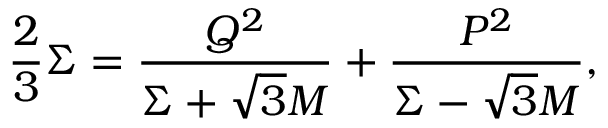
\frac { 2 } { 3 } \Sigma = \frac { Q ^ { 2 } } { \Sigma + \sqrt { 3 } M } + \frac { P ^ { 2 } } { \Sigma - \sqrt { 3 } M } ,